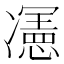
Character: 𭂦